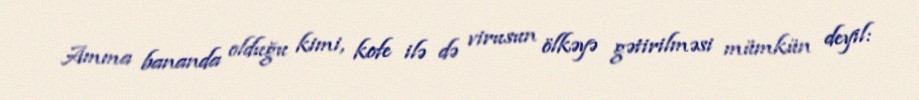
Amma bananda olduğu kimi, kofe ilə də virusun ölkəyə gətirilməsi mümkün deyil: